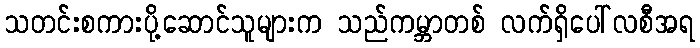
သတင်းစကားပို့ဆောင်သူများက သည်ကမ္ဘာတစ် လက်ရှိပေါ်လစီအရ